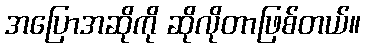
အပြောအဆိုကို ဆိုလိုတာဖြစ်တယ်။